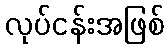
လုပ်ငန်းအဖြစ်